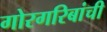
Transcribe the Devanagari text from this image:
गोरगरिबांची